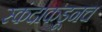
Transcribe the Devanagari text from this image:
स्कंदाकडूनच